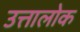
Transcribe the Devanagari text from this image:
उत्तालोक